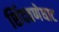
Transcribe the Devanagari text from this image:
शिंदवणेघाट